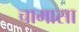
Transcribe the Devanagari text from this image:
चामासा